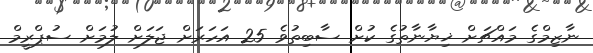
ނާޒިމްގެ މައްޗަށް ޚިޔާނާތުގެ ކުށް ސާބިތުވެ 25 އަހަރަށް ޖަލަށް ލުމަށް ސުޕްރީމް